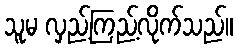
သူမ လှည့်ကြည့်လိုက်သည်။